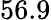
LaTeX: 56.9